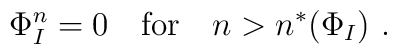
\Phi_I^n=0\ \ \ \mbox{for}\ \ \ n>n^*(\Phi_I)\ .